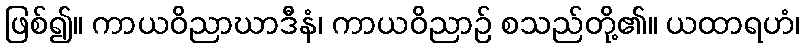
ဖြစ်၍။ ကာယဝိညာဃာဒီနံ၊ ကာယဝိညာဉ် စသည်တို့၏။ ယထာရဟံ၊